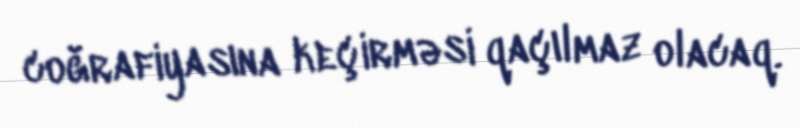
coğrafiyasına keçirməsi qaçılmaz olacaq.